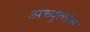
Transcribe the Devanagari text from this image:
अच्युतप्रेक्ष